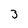
Character: 3